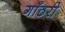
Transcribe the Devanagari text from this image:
गाँठरी